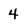
Character: 4